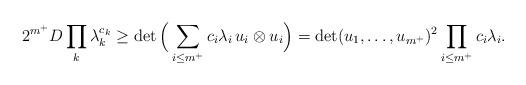
LaTeX: \begin{align*}2^{m^+} D \prod_k \lambda_k^{c_k} \ge \det \Big(\sum_{i\le m^+} c_i \lambda_i \, u_i \otimes u_i \Big) = \det(u_1,\ldots,u_{m^+})^2 \prod_{i\le m^+} c_i \lambda_i.\end{align*}